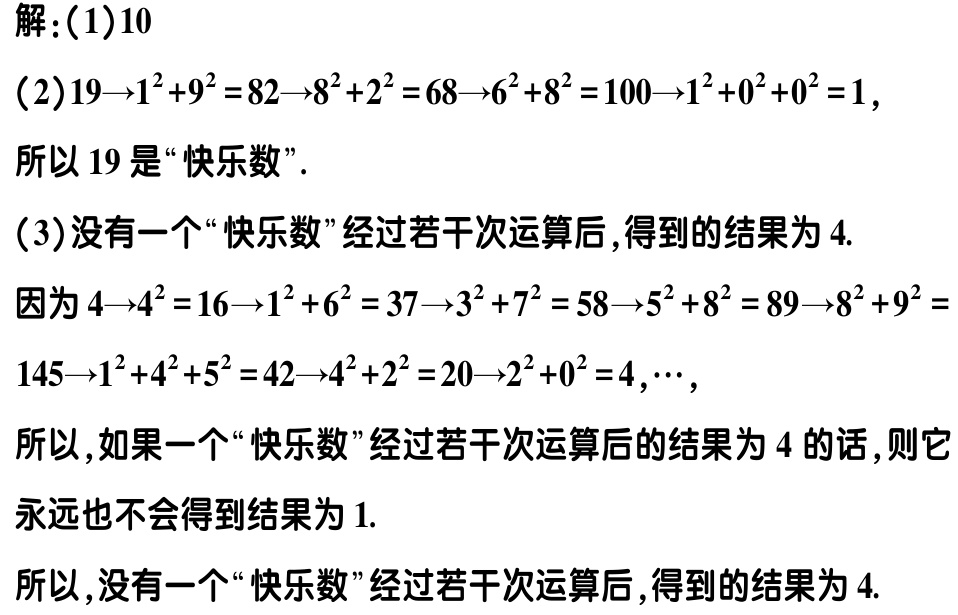
解：(1)$10$

(2)$19\rightarrow1^{2}+9^{2}=82\rightarrow8^{2}+2^{2}=68\rightarrow6^{2}+8^{2}=100\rightarrow1^{2}+0^{2}+0^{2}=1,$

所以$19$是“快乐数”.

(3)没有一个“快乐数”经过若干次运算后,得到的结果为$4$.

因为$4\rightarrow4^{2}=16\rightarrow1^{2}+6^{2}=37\rightarrow3^{2}+7^{2}=58\rightarrow5^{2}+8^{2}=89\rightarrow8^{2}+9^{2}=$

$145\rightarrow1^{2}+4^{2}+5^{2}=42\rightarrow4^{2}+2^{2}=20\rightarrow2^{2}+0^{2}=4,\cdots,$

所以,如果一个“快乐数”经过若干次运算后的结果为$4$的话,则它

永远也不会得到结果为$1$.

所以,没有一个“快乐数”经过若干次运算后,得到的结果为$4$.